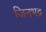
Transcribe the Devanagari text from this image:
जिनभद्र